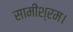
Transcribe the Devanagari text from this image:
सामीश्रम।